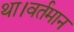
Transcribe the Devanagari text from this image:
था।वर्तमान